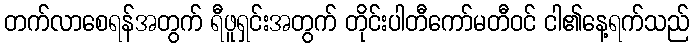
တက်လာစေရန်အတွက် ရီဖူရှင်းအတွက် တိုင်းပါတီကော်မတီဝင် ငါ၏နေ့ရက်သည်